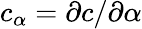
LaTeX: c_{\alpha}=\partial c/\partial\alpha